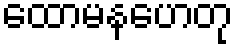
ထောမနဟေတု